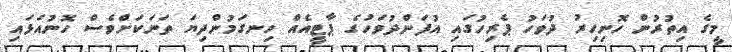
މީގެ އިތުރުން ހޮނިހިރު ދުވަހު ޕެރިހުގައި އުފަންދުވަހުގެ ޕާޓީއެއް ހިނގަމުންދިޔަ ތަނަކަށްވެސް ހޮނުއަޅައި